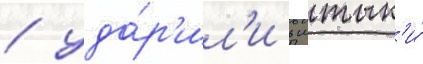
/ уда́р'ил'и в штык'и́